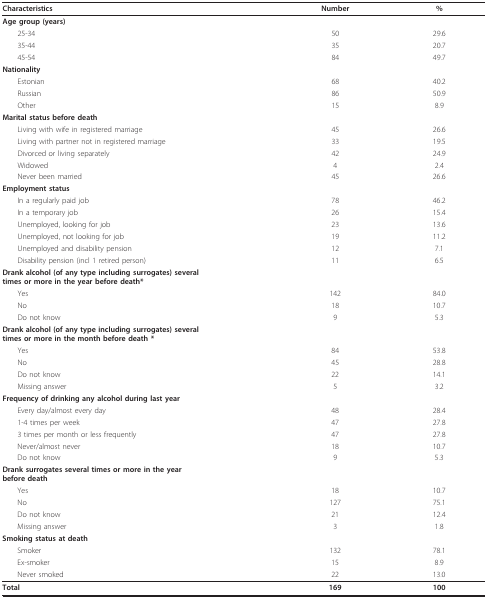
<table><thead><tr><td><b>Characteristics</b></td><td><b>Number</b></td><td><b>%</b></td></tr></thead><tbody><tr><td><b>Age group (years)</b></td><td></td><td></td></tr><tr><td> 25-34</td><td>50</td><td>29.6</td></tr><tr><td> 35-44</td><td>35</td><td>20.7</td></tr><tr><td> 45-54</td><td>84</td><td>49.7</td></tr><tr><td><b>Nationality</b></td><td></td><td></td></tr><tr><td> Estonian</td><td>68</td><td>40.2</td></tr><tr><td> Russian</td><td>86</td><td>50.9</td></tr><tr><td> Other</td><td>15</td><td>8.9</td></tr><tr><td><b>Marital status before death</b></td><td></td><td></td></tr><tr><td> Living with wife in registered marriage</td><td>45</td><td>26.6</td></tr><tr><td> Living with partner not in registered marriage</td><td>33</td><td>19.5</td></tr><tr><td> Divorced or living separately</td><td>42</td><td>24.9</td></tr><tr><td> Widowed</td><td>4</td><td>2.4</td></tr><tr><td> Never been married</td><td>45</td><td>26.6</td></tr><tr><td><b>Employment status</b></td><td></td><td></td></tr><tr><td> In a regularly paid job</td><td>78</td><td>46.2</td></tr><tr><td> In a temporary job</td><td>26</td><td>15.4</td></tr><tr><td> Unemployed, looking for job</td><td>23</td><td>13.6</td></tr><tr><td> Unemployed, not looking for job</td><td>19</td><td>11.2</td></tr><tr><td> Unemployed and disability pension</td><td>12</td><td>7.1</td></tr><tr><td> Disability pension (incl 1 retired person)</td><td>11</td><td>6.5</td></tr><tr><td><b>Drank alcohol (of any type including surrogates) several</b><b>times or more in the year before death*</b></td><td></td><td></td></tr><tr><td> Yes</td><td>142</td><td>84.0</td></tr><tr><td> No</td><td>18</td><td>10.7</td></tr><tr><td> Do not know</td><td>9</td><td>5.3</td></tr><tr><td><b>Drank alcohol (of any type including surrogates) several</b><b>times or more in the month before death *</b></td><td></td><td></td></tr><tr><td> Yes</td><td>84</td><td>53.8</td></tr><tr><td> No</td><td>45</td><td>28.8</td></tr><tr><td> Do not know</td><td>22</td><td>14.1</td></tr><tr><td> Missing answer</td><td>5</td><td>3.2</td></tr><tr><td><b>Frequency of drinking any alcohol during last year</b></td><td></td><td></td></tr><tr><td> Every day/almost every day</td><td>48</td><td>28.4</td></tr><tr><td> 1-4 times per week</td><td>47</td><td>27.8</td></tr><tr><td> 3 times per month or less frequently</td><td>47</td><td>27.8</td></tr><tr><td> Never/almost never</td><td>18</td><td>10.7</td></tr><tr><td> Do not know</td><td>9</td><td>5.3</td></tr><tr><td><b>Drank surrogates several times or more in the year</b><b>before death</b></td><td></td><td></td></tr><tr><td> Yes</td><td>18</td><td>10.7</td></tr><tr><td> No</td><td>127</td><td>75.1</td></tr><tr><td> Do not know</td><td>21</td><td>12.4</td></tr><tr><td> Missing answer</td><td>3</td><td>1.8</td></tr><tr><td><b>Smoking status at death</b></td><td></td><td></td></tr><tr><td> Smoker</td><td>132</td><td>78.1</td></tr><tr><td> Ex-smoker</td><td>15</td><td>8.9</td></tr><tr><td> Never smoked</td><td>22</td><td>13.0</td></tr><tr><td><b>Total</b></td><td><b>169</b></td><td><b>100</b></td></tr></tbody></table>